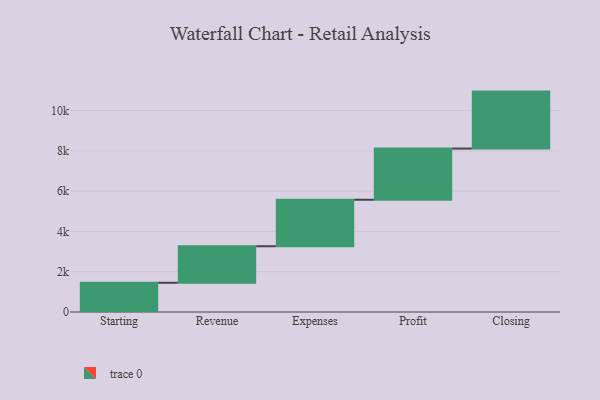
{"axis": {"x": "Step", "y": "Value"}, "legend": [""], "data": [{"x": "Starting", "y": 1452.0, "type": ""}, {"x": "Revenue", "y": 1812.0, "type": ""}, {"x": "Expenses", "y": 2310.0, "type": ""}, {"x": "Profit", "y": 2541.0, "type": ""}, {"x": "Closing", "y": 2828.0, "type": ""}]}